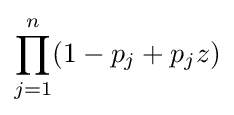
\prod \limits _{j=1}^{n}(1-p_{j}+p_{j}z)